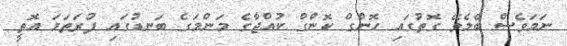
ނަމަވެސް ބެލެވޭ ގޮތުގައި ހޮންގް ކޮންގް ކުއްޖާގެ މަންމަގެ ބަނޑުގައި ފުރަތަމަ އޮތީ